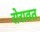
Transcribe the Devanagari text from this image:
रोरावत